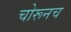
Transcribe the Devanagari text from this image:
चोरूनच